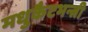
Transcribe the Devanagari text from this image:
मधुकैटभन्त्री